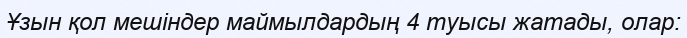
Ұзын қол мешіндер маймылдардың 4 туысы жатады, олар: